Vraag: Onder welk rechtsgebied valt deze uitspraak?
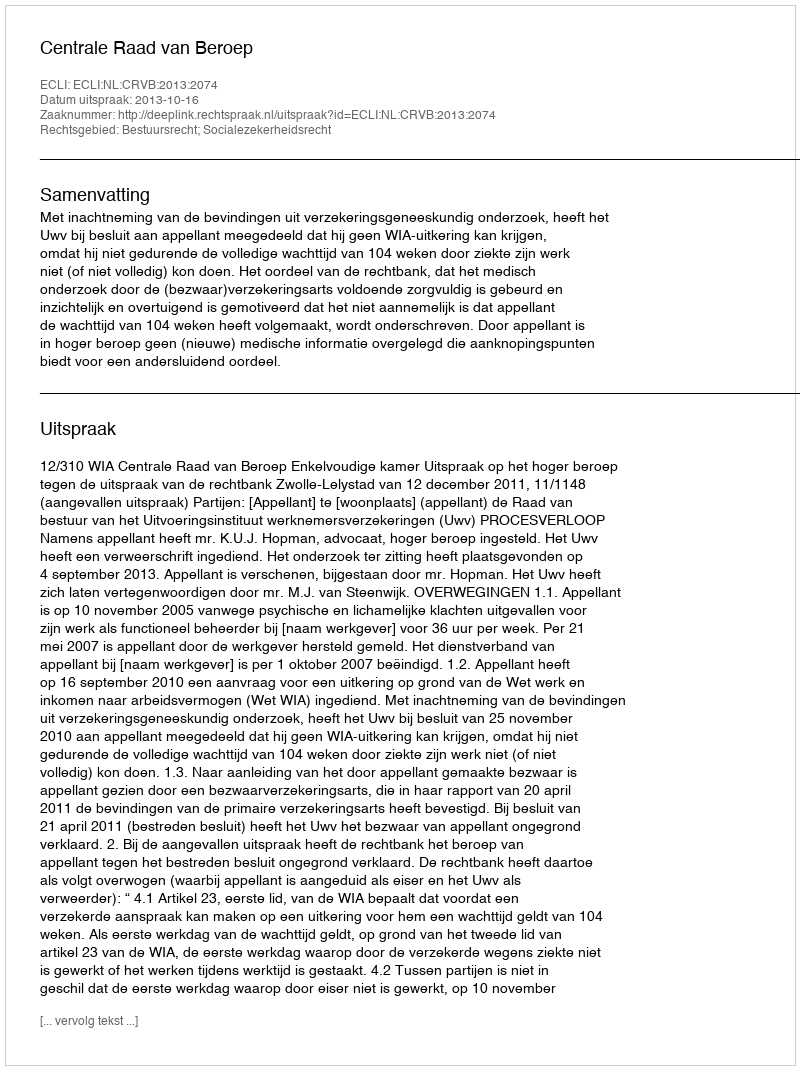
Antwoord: Bestuursrecht; Socialezekerheidsrecht